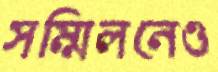
সম্মিলনেও